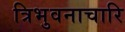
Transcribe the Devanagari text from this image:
त्रिभुवनाचारि